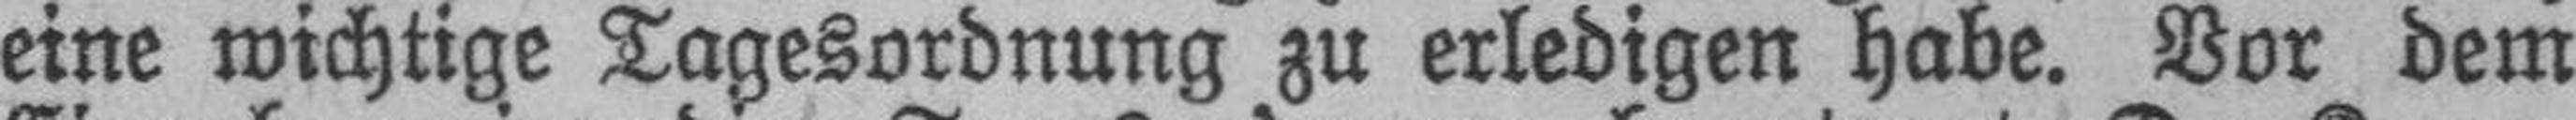
eine wichtige Tagesordnung zu erledigen habe. Vor dem